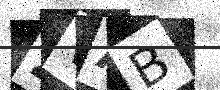
Text: ZVAB